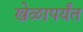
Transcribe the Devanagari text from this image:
खेळापर्यंत